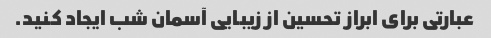
عبارتی برای ابراز تحسین از زیبایی آسمان شب ایجاد کنید.